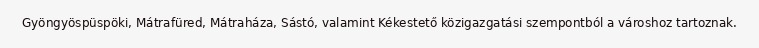
Gyöngyöspüspöki, Mátrafüred, Mátraháza, Sástó, valamint Kékestető közigazgatási szempontból a városhoz tartoznak.